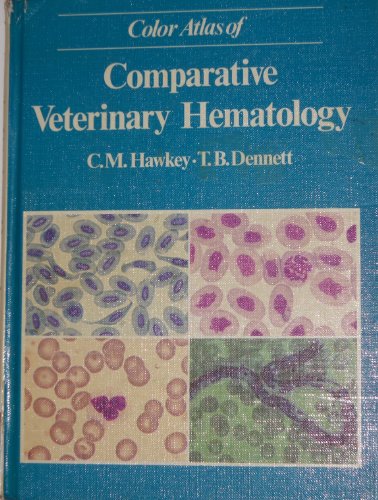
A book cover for Color Atlas of Comparative Veterinary Hematology: Normal and Abnormal Blood Cells in Mammals, Birds and Reptiles/Section on Blood Parasites; C. M. Hawkey; Medical Books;